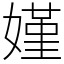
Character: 嫤